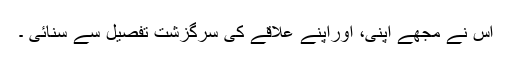
اس نے مجھے اپنی، اوراپنے علاقے کی سرگزشت تفصیل سے سنائی ۔